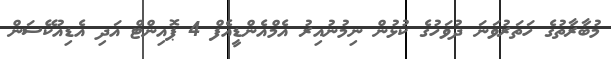
މުބާރާތުގެ ހަތަރުވަނަ ދުވަހުގެ ކުޅުން ނިމުނުއިރު އެމްއެންޑީއެފް 4 ޕޮއިންޓް އަދި އެޑިއުކޭސަން